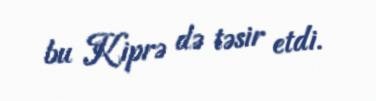
bu Kiprə də təsir etdi.